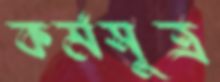
কর্মসূত্র